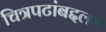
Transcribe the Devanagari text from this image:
चित्रपटांबद्दलचे